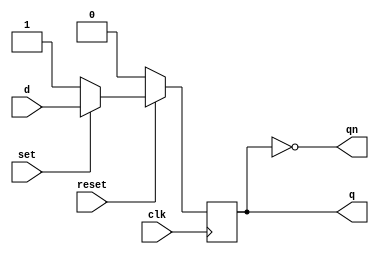
// D flip-flop with synchronous set and reset

module dff (q, qn, d, set, reset, clk);

	input d, set, reset, clk;
	output reg q; output qn;
 
	assign qn = ~q;
	
	always @ (posedge clk)
	begin
		if (reset == 0) q <= 0;
		else if (set == 0) q <= 1;
		else q <= d;
	end
endmodule

// Transparent latch with enable

module latch (q, qn, din, enable);

	input din, enable;
	output reg q;
	output qn;
	
	assign qn = ~q;
	
	always @ (din, enable)
		begin
			if (enable) q = din;
		end
endmodule